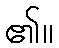
၏။